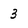
Character: 3